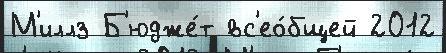
М'иллз Б'юдже́т вс'ео́бщей 2012